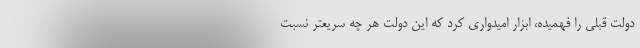
دولت قبلی را فهمیده، ابزار امیدواری کرد که این دولت هر چه سریعتر نسبت